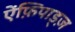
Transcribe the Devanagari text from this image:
ऐंफ़िपाड्ज़